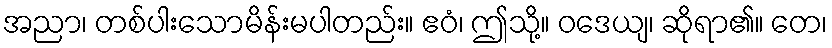
အညာ၊ တစ်ပါးသောမိန်းမပါတည်း။ ဧဝံ၊ ဤသို့။ ဝဒေယျ၊ ဆိုရာ၏။ တေ၊